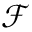
\mathcal { F }